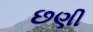
છણી